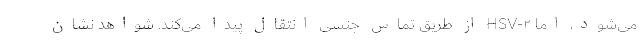
می‌شود، اما HSV-۲ از طریق تماس جنسی انتقال پیدا می‌کند. شواهد نشان